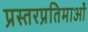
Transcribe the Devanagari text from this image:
प्रस्तरप्रतिमाओं